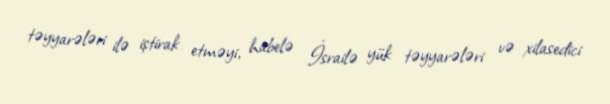
təyyarələri ilə iştirak etməyi, habelə İsrailə yük təyyarələri və xilasedici